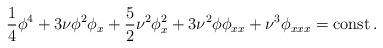
LaTeX: \begin{align*} \frac{1}{4} {\phi}^4 + 3 \nu \phi^2 \phi_x +\frac{5}{2} \nu^2 \phi_x^2 + 3\nu^2 \phi \phi_{xx} + \nu^3 {\phi}_{xxx}=\mathrm{const} \, . \end{align*}